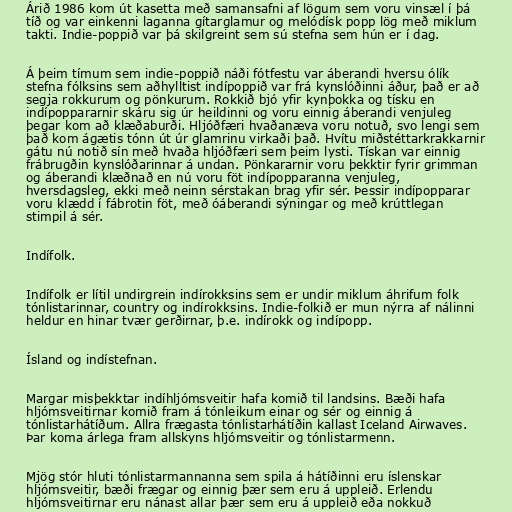
Árið 1986 kom út kasetta með samansafni af lögum sem voru vinsæl í þá
tíð og var einkenni laganna gítarglamur og melódísk popp lög með miklum
takti. Indie-poppið var þá skilgreint sem sú stefna sem hún er í dag.

Á þeim tímum sem indie-poppið náði fótfestu var áberandi hversu ólík
stefna fólksins sem aðhylltist indípoppið var frá kynslóðinni áður, það er að
segja rokkurum og pönkurum. Rokkið bjó yfir kynþokka og tísku en
indípoppararnir skáru sig úr heildinni og voru einnig áberandi venjuleg
þegar kom að klæðaburði. Hljóðfæri hvaðanæva voru notuð, svo lengi sem
það kom ágætis tónn út úr glamrinu virkaði það. Hvítu miðstéttarkrakkarnir
gátu nú notið sín með hvaða hljóðfæri sem þeim lysti. Tískan var einnig
frábrugðin kynslóðarinnar á undan. Pönkararnir voru þekktir fyrir grimman
og áberandi klæðnað en nú voru föt indípopparanna venjuleg,
hversdagsleg, ekki með neinn sérstakan brag yfir sér. Þessir indípopparar
voru klædd í fábrotin föt, með óáberandi sýningar og með krúttlegan
stimpil á sér.

Indífolk.

Indífolk er lítil undirgrein indírokksins sem er undir miklum áhrifum folk
tónlistarinnar, country og indírokksins. Indie-folkið er mun nýrra af nálinni
heldur en hinar tvær gerðirnar, þ.e. indírokk og indípopp.

Ísland og indístefnan.

Margar misþekktar indíhljómsveitir hafa komið til landsins. Bæði hafa
hljómsveitirnar komið fram á tónleikum einar og sér og einnig á
tónlistarhátíðum. Allra frægasta tónlistarhátíðin kallast Iceland Airwaves.
Þar koma árlega fram allskyns hljómsveitir og tónlistarmenn.

Mjög stór hluti tónlistarmannanna sem spila á hátíðinni eru íslenskar
hljómsveitir, bæði frægar og einnig þær sem eru á uppleið. Erlendu
hljómsveitirnar eru nánast allar þær sem eru á uppleið eða nokkuð